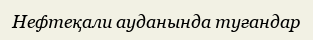
Нефтеқали ауданында туғандар